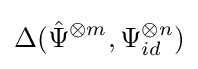
\Delta ({\hat {\Psi }}^{\otimes m},\Psi _{id}^{\otimes n})